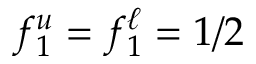
f _ { 1 } ^ { u } = f _ { 1 } ^ { \ell } = 1 / 2